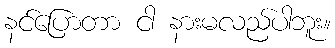
နင်ပြောတာ ငါ နားမလည်ပါဘူး။